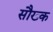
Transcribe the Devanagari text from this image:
सौख्क